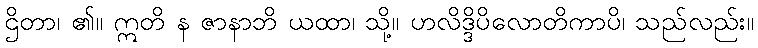
ဌိတာ၊ ၏။ ဣတိ န ဇာနာဘိ ယထာ၊ သို့။ ဟလိဒ္ဒိပိလောတိကာပိ၊ သည်လည်း။